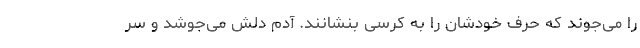
را می‌جوند که حرف خودشان را به کرسی بنشانند. آدم دلش می‌جوشد و سر